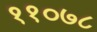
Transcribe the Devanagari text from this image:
११०७८